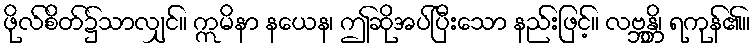
ဖိုလ်စိတ်၌သာလျှင်။ ဣမိနာ နယေန၊ ဤဆိုအပ်ပြီးသော နည်းဖြင့်။ လဗ္ဘန္တိ၊ ရကုန်၏။